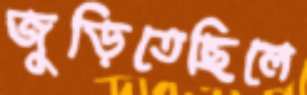
জুড়িতেছিলে